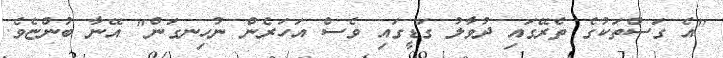
"އެ ގަސްތަކުގެ ތެރޭގައި ދުވާލު ގަޑީގައި ވެސް އަހަރެން ނުހިނގަން" އޭނާ ބުންޏެވެ.